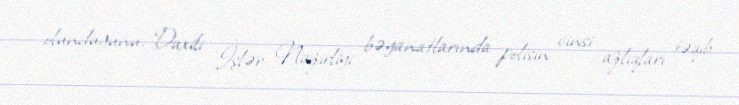
olunduğunu, Daxili İşlər Nazirliyi bəyanatlarında polisin cinsi azlıqları təqib